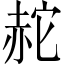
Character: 𧹟